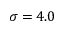
\sigma = 4 . 0